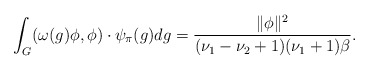
\begin{align*}\int_G(\omega(g)\phi,\phi) \cdot \psi_{\pi}(g)dg=\frac{\|\phi\|^2}{(\nu_1-\nu_2+1)(\nu_1+1)\beta}.\end{align*}